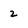
Character: 2